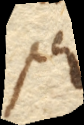
per